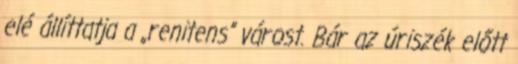
elé állíttatja a „renitens” várost. Bár az úriszék előtt